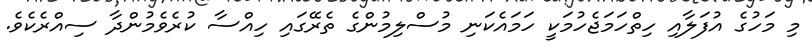
މި މަހުގެ އުފަލާއި ހިތްހަމަޖެހުމަކީ ހަމައެކަނި މުސްލިމުންގެ ތެރޭގައި ހިއްސާ ކުރެވެމުންދާ ސިއްރެކެވެ.